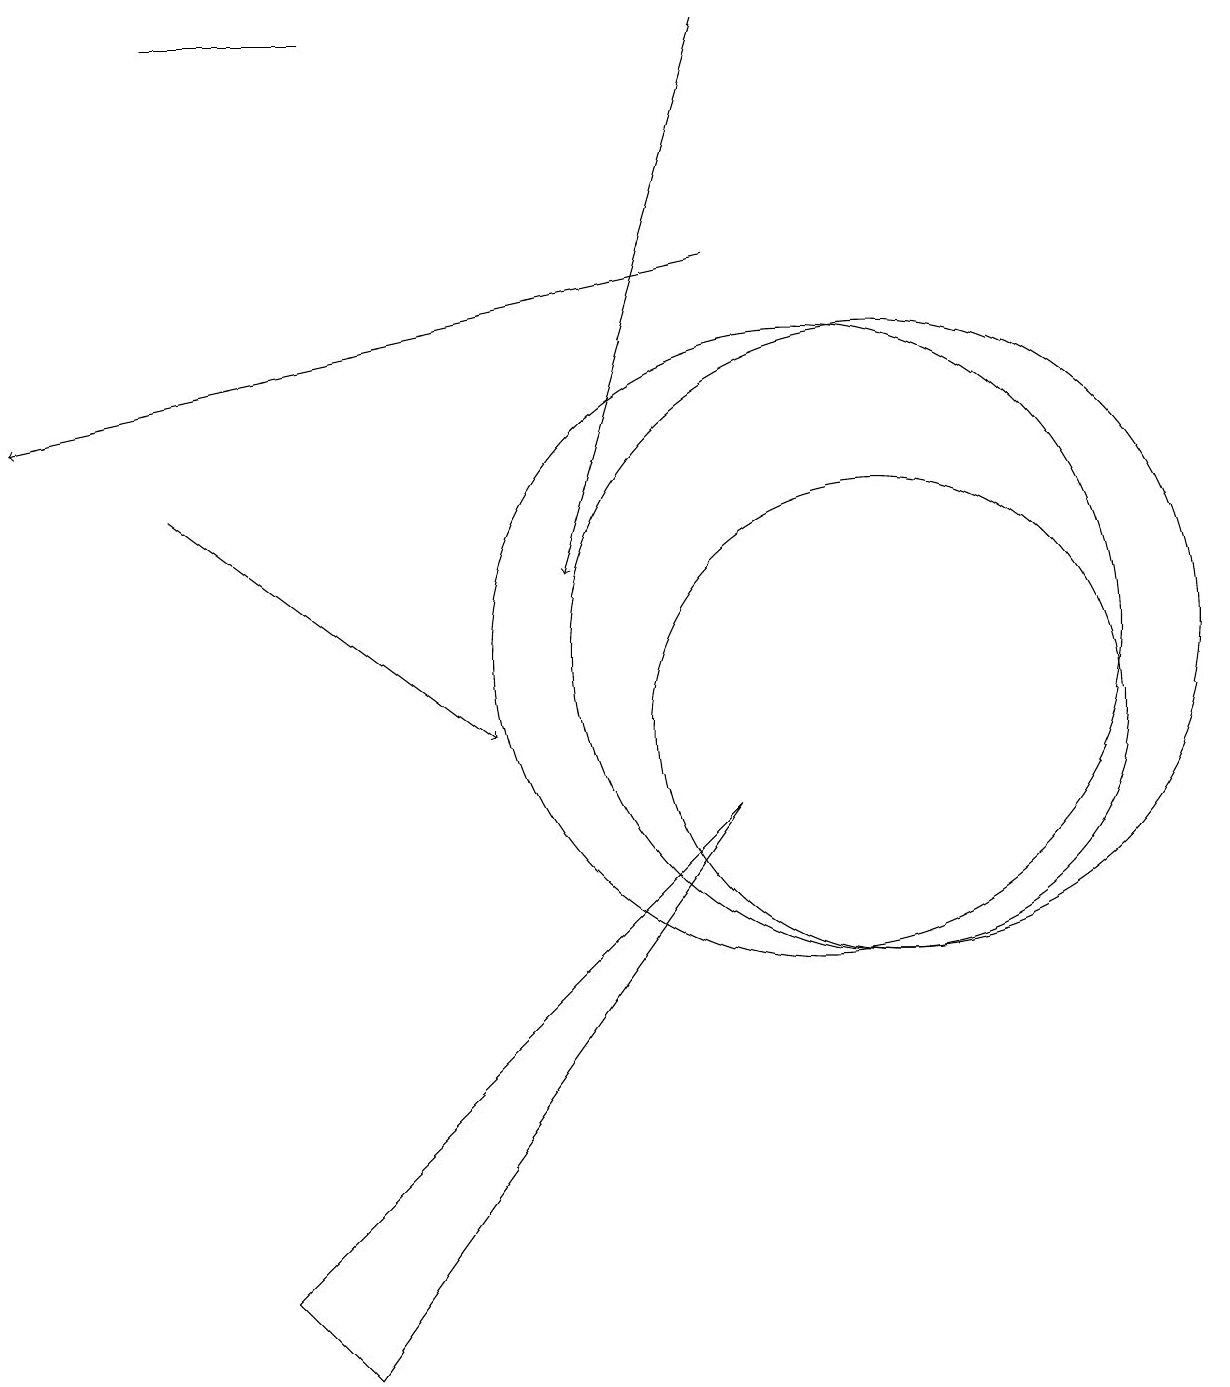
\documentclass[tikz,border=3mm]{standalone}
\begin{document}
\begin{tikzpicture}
\draw (10,11) circle (4);
\draw[->] (9,16) -- (0,14);
\draw (11,11) circle (4);
\draw[->] (2,13) -- (6,10);
\draw (11,10) circle (3);
\draw (4,19) rectangle (2,19);
\draw (9,9) -- (4,2) -- (3,3) -- cycle;
\draw[->] (9,19) -- (7,12);
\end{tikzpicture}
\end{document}